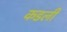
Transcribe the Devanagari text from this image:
कडली